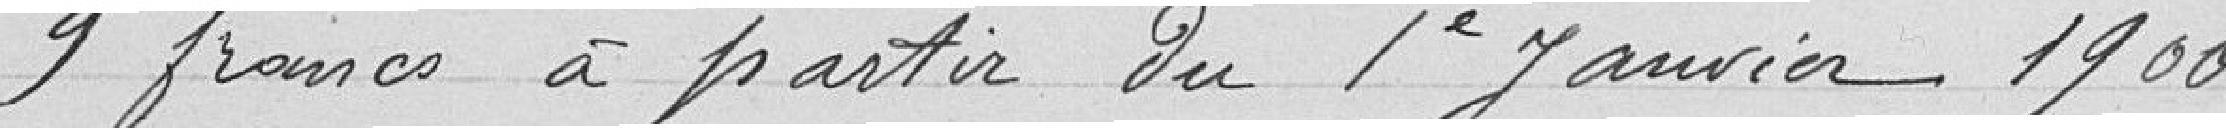
9 francs à partir du 1er janvier 1900.